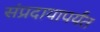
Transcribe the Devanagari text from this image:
संप्रदायापर्यंत